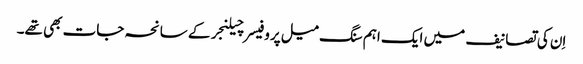
اِن کی تصانیف میں ایک اہم سنگ میل پروفیسر چیلنجر کے سانحہ جات بھی تھے۔